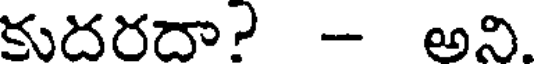
కుదరదా? - అని.